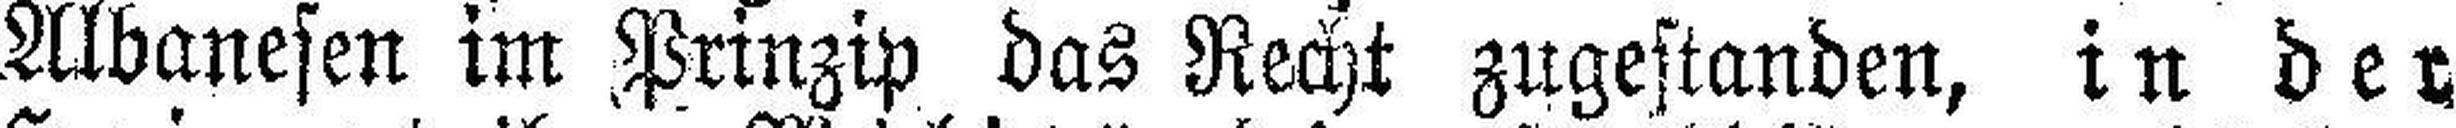
Albanesen im Prinzip das Recht zugestanden, in der